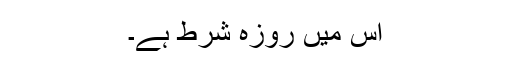
اِس میں روزہ شَرط ہے۔